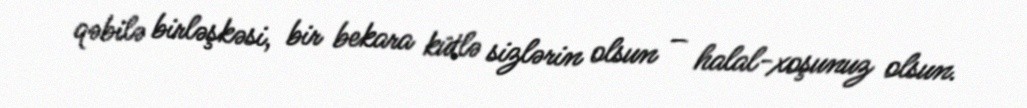
qəbilə birləşkəsi, bir bekara kütlə sizlərin olsun – halal-xoşunuz olsun.